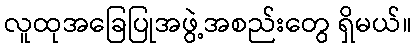
လူထုအခြေပြုအဖွဲ့အစည်းတွေ ရှိမယ်။